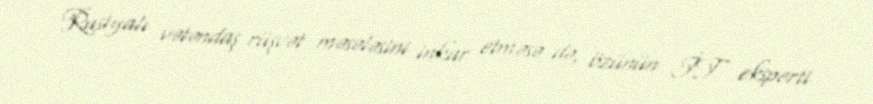
Rusiyalı vətəndaş rüşvət məsələsini inkar etməsə də, özünün İT eksperti